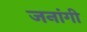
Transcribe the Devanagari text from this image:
जनांगी